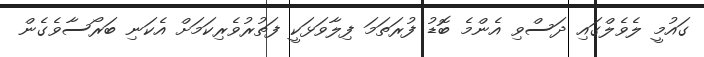
ގައުމީ ލެވެލްގައި ދަސްވި އެންމެ ބޮޑު ފުރަތަމަ ފިލާވަޅަކީ ފަތުރުވެރިކަމަށް އެކަނި ބަރޯސާވެގެން